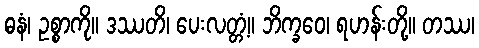
ဓနံ၊ ဥစ္စာကို။ ဒဿတိ၊ ပေးလတ္တံ့။ ဘိက္ခဝေ၊ ရဟန်းတို့။ တဿ၊